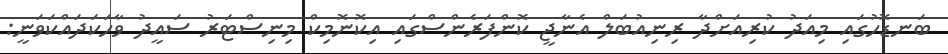
ބަނޑޮހުގައި މިއަދު ކުރިއަށްދާ ރިނިއުބަލް އެނާޖީ ކޮންފަރެންސްގައި އިކޮނޮމިކް މިނިސްޓަރު ސައީދު ވާހަކަދައްކަވަނީ: